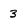
Character: 3